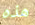
هذه